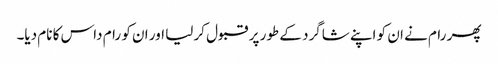
پھر رام نے ان کو اپنے شاگرد کے طور پر قبول کر لیا اور ان کو رام داس کا نام دیا۔